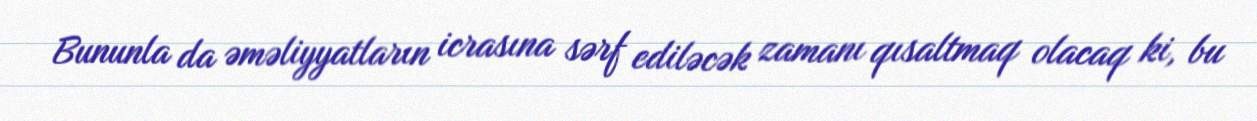
Bununla da əməliyyatların icrasına sərf ediləcək zamanı qısaltmaq olacaq ki, bu